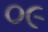
૦૯